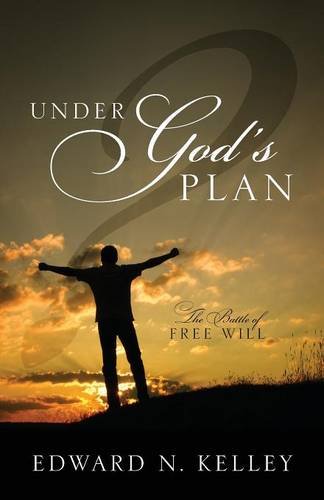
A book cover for Under God's Plan: The Battle of Free Will; Edward N. Kelley; Christian Books & Bibles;